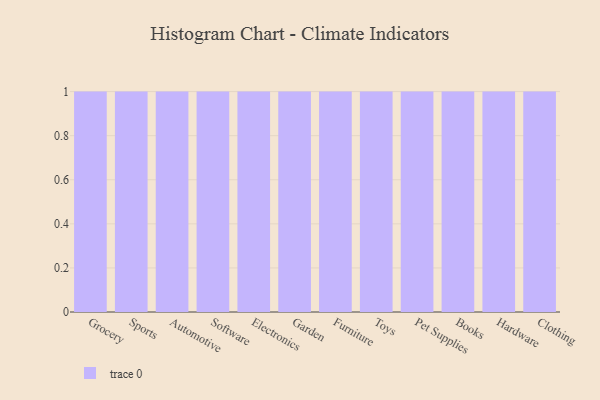
{"axis": {"x": "Category", "y": "Tickets Resolved"}, "legend": [""], "data": [{"x": "Grocery", "y": 18, "type": ""}, {"x": "Sports", "y": 37, "type": ""}, {"x": "Automotive", "y": 5, "type": ""}, {"x": "Software", "y": 29, "type": ""}, {"x": "Electronics", "y": 23, "type": ""}, {"x": "Garden", "y": 41, "type": ""}, {"x": "Furniture", "y": 50, "type": ""}, {"x": "Toys", "y": 32, "type": ""}, {"x": "Pet Supplies", "y": 41, "type": ""}, {"x": "Books", "y": 3, "type": ""}, {"x": "Hardware", "y": 77, "type": ""}, {"x": "Clothing", "y": 37, "type": ""}]}